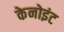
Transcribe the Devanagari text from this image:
केनोइंट